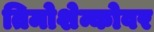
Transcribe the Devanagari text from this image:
तिमोशेन्कोवर